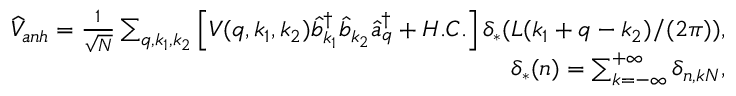
\begin{array} { r } { \widehat { V } _ { a n h } = \frac { 1 } { \sqrt { N } } \sum _ { q , k _ { 1 } , k _ { 2 } } \left[ V ( q , k _ { 1 } , k _ { 2 } ) \widehat { b } _ { k _ { 1 } } ^ { \dagger } \widehat { b } _ { k _ { 2 } } \widehat { a } _ { q } ^ { \dagger } + H . C . \right] \delta _ { * } ( L ( k _ { 1 } + q - k _ { 2 } ) / ( 2 \pi ) ) , } \\ { \delta _ { * } ( n ) = \sum _ { k = - \infty } ^ { + \infty } \delta _ { n , k N } , } \end{array}